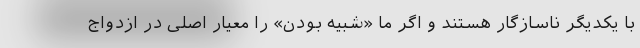
با یکدیگر ناسازگار هستند و اگر ما «شبیه بودن» را معیار اصلی در ازدواج